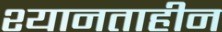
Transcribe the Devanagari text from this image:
श्यानताहीन